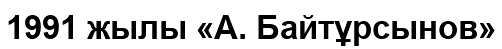
1991 жылы «А. Байтұрсынов»